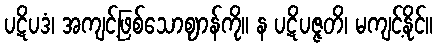
ပဋိပဒံ၊ အကျင့်ဖြစ်သောဈာန်ကို။ န ပဋိပဇ္ဇတိ၊ မကျင့်နိုင်။